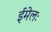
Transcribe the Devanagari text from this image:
ईमेलः